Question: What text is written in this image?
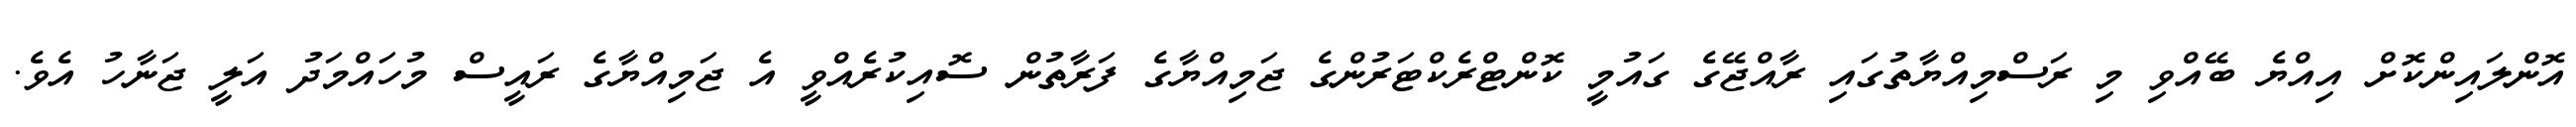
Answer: އޮންލައިންކޮށް އިއްޔެ ބޭއްވި މި ރަސްމިއްޔާތުގައި ރާއްޖޭގެ ގައުމީ ކޮންޓްރެކްޓަރުންގެ ޖަމިއްޔާގެ ފަރާތުން ސޮއިކުރެއްވީ އެ ޖަމިއްޔާގެ ރައީސް މުހައްމަދު އަލީ ޖަނާހު އެވެ.